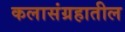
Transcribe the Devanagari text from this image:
कलासंग्रहातील